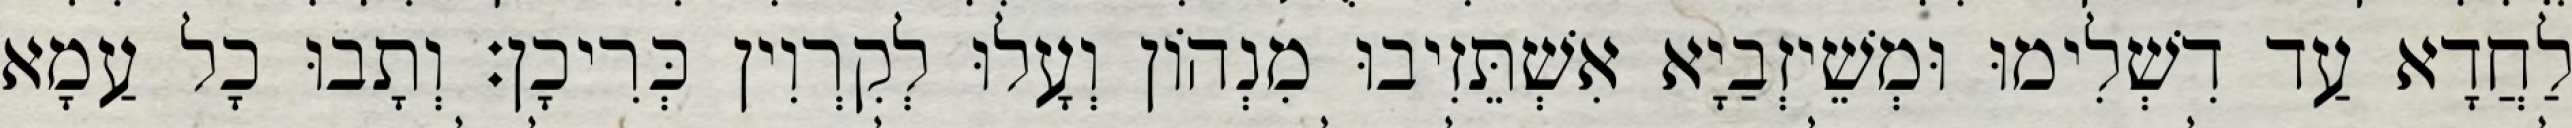
לַחֲדָא עַד דִשְׁלִימוּ וּמְשֵׁיזְבַיָא אִשְׁתֵּזִיבוּ מִנְהוֹן וְעָלוּ לְקִרְוִין כְּרִיכָן׃ וְתָבוּ כָל עַמָא